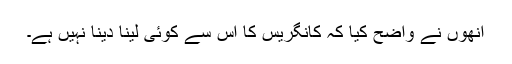
انھوں نے واضح کیا کہ کانگریس کا اس سے کوئی لینا دینا نہیں ہے۔